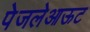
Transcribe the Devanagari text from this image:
पेजलेआऊट